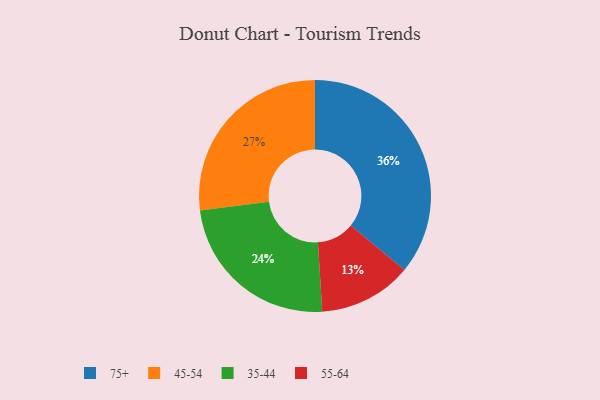
{"axis": {"x": "Category", "y": "Percentage"}, "legend": ["35-44", "45-54", "55-64", "75+"], "data": [{"x": "55-64", "y": 13, "type": "55-64"}, {"x": "35-44", "y": 24, "type": "35-44"}, {"x": "75+", "y": 36, "type": "75+"}, {"x": "45-54", "y": 27, "type": "45-54"}]}